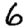
Digit: 6